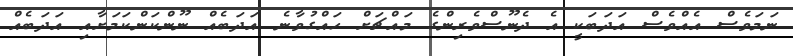
ނަމަވެސް އެއްވެސް އަދަބަކީ އެ ދެނޫސްވެރިންގެ މައްޗަށް ހައްގުވާނެ އަދަބެއް ނޫންކަންކަމަށާއި އަދަބެއް